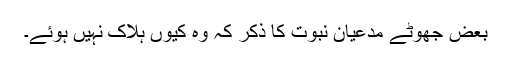
بعض جھوٹے مدعیان نبوت کا ذکر کہ وہ کیوں ہلاک نہیں ہوئے۔